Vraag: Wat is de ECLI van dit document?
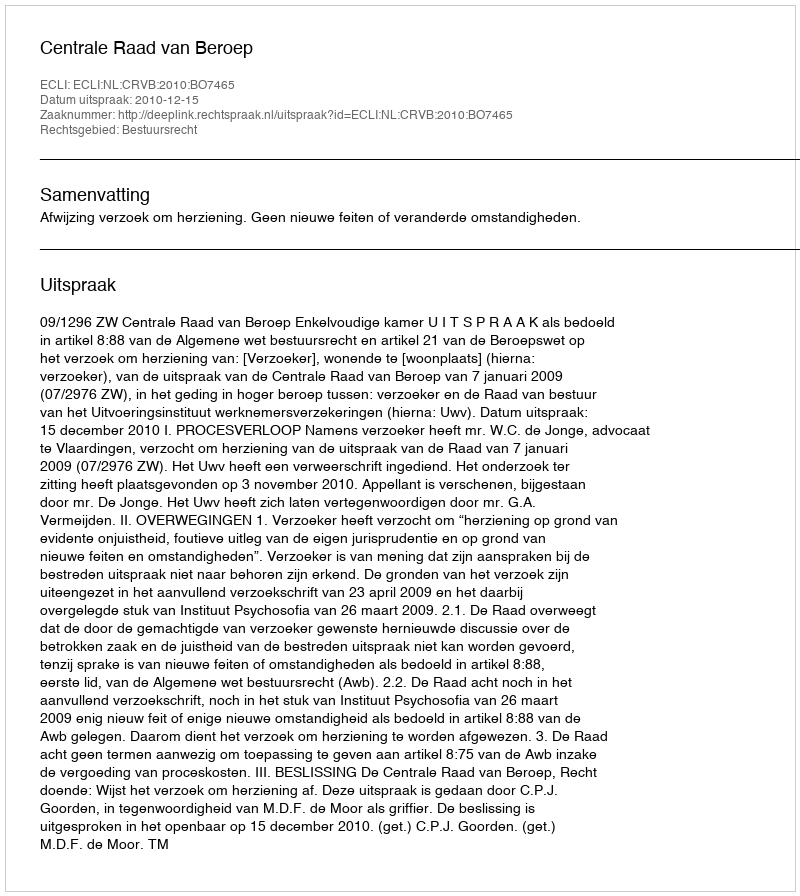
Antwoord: ECLI:NL:CRVB:2010:BO7465